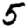
Digit: 5